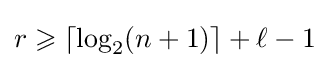
r\geqslant \lceil \log _{2}(n+1)\rceil +\ell -1